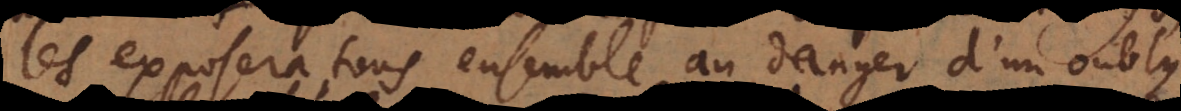
les exposera tous ensemble au danger d’un oubly